Vital statistics of India. Vol. IV, Annual returns from 1871 to 1876. British Army of India, Native Army and jails of Bengal
Year: 1871
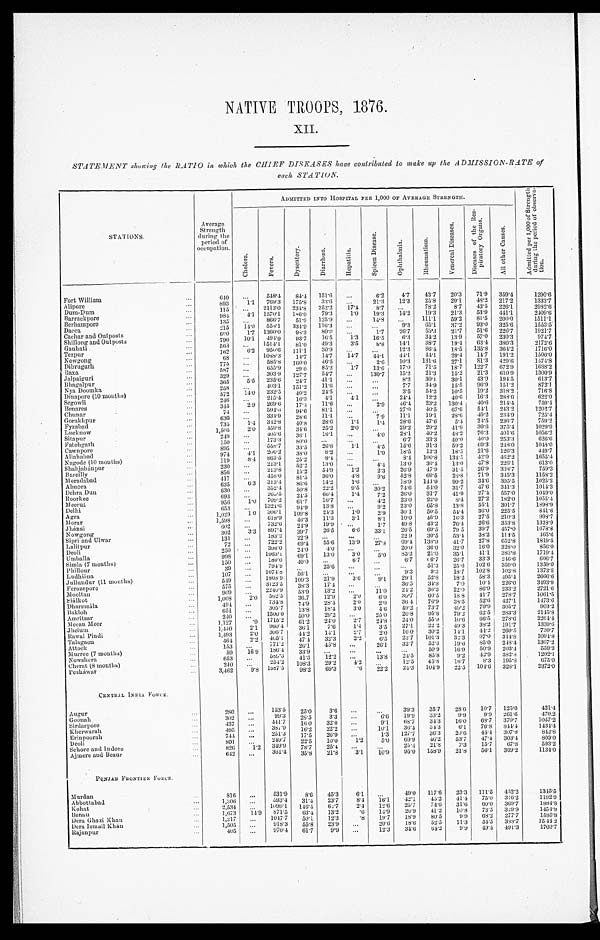
NATIVE TROOPS, 1876.
XII.
STATEMENT showing the RATIO in which the CHIEF DISEASES have contributed to make up the ADMISSION-RATE of
each STATION.
STATIONS.
Average
Strength
during the
period of
occupation.
ADMITTED INTO HOSPITAL PER 1,000 OF AVERAGE STRENGTH.
A d m i t t e d p e r 1 , 0 0 0 o f S t r e n g t h
d u r i n g t h e p e r i o d o f o b s e r v a -t
i o n .
C h o l e r a .
F e v e r s .
D y s e n t e r y .
D i a r r h œ a .
H e p a t i t i s .
S p l e e n D i s e a s e s .
O p h t h a l i m .
R h e u m a t i s m .
V e n e r e a l D i s e a s e s .
D i s e a s e s o f t h e R e s -
p i r a t o r y O r g a n s .
A l l o t h e r C a u s e s .
Fort William
640
548.4 84.4 151.6
6.2
4.7 43.7 20.3 71.9 359.4
1290.6
Alipore
893
1.1 769.3 175.8
3 3 . 6
21.3
1 2 . 3
2 5 . 8
2 9 . 1 48.2 217.2
1333.7
Dum-Dum
115
2113.0 234.8 252.2 17.4
8.7
7 8 . 2 8.7
4 3 . 5 226.1
2982.6
Barrackpore
984
4.1 1570.1 186.0 79.3
1.0 19.3 14.2 19.3 21.3 53.9 441.1
2409.6
Berhampore
135
866.7 51.9 125.9
14.8
111.1 59.3 81.5 200.0
1511.1
Dacca
215 14.0 558.1 334.9 116.3
9.3 65.1 37.2 93.0 325.6
1553.5
Cachar and Outposts
6 0 0 1.7 1360.0 98.3
8 0 . 0
1.7 26.7
5 3 . 3 21.7
5 1 . 6 226.7
1921.7
Shillong and Outposts
790 10.1
494. 9 93.7 16.5
1.3 16.5
6.3 34.2 13.9 57.0 230.3
974.7
Gauhati
563
1514. 1
8 1 . 0
4 9 . 3
3 . 5
8 . 8
1 4 . 1
3 8 . 7
1 9 . 4
6 3 . 4
3 8 0 . 3
2172.6
Tezpur
162
6.2 950.6 111.1
3 0 . 9
12.3
8 6 . 4 18.5
1 3 5 . 8 364.2
1716.0
Nowgong
6 8
1088. 3 14.7
1 4 . 7
1 4 . 7 44.1
4 4 . 1
4 4 . 1
2 9 . 4
1 4 . 7
1 9 1 . 2
1500.0
Dibrugarh
775
585. 8 160.0
4 6 . 5
2.6 10.3
1 3 1 . 6
2 7 . 1
8 1 . 3
4 2 9 . 6
1 4 7 4 . 8
B a x a
587
655. 9 29.0
8 5 . 2
1 . 7 13.6 17.0 71.5
1 8 . 7
1 2 2 . 7
6 7 2 . 9
1688.2
Jalpaiguri
329
303.9 127.7
5 4 . 7
130.7
1 5 . 2
2 1 . 3 15.2
2 1 . 3 610.9
1300.9
Bhagalpur
365
5.5 235.6 24.7 41.1
8.2 30.1 30.1 43.9 194.5
613.7
Nya Doomka
258
403.1 151.2
1 1 . 6
7 . 7
3 4 . 9
1 5 . 5
9 6 . 9
1 5 1 . 2
872.1
Dinapore (10 months)
572 14.0 232.5 40.2 24.5
3.5 54.2 10.5 19.2 318.2
716.8
Segowli
246
215.4 16.3
4 . 1
4.1
24.4 12.2 40.6
1 6 . 3 288.6
6 2 2 . 0
Benares
345
29 269.6 17.4
1 1 . 6
2.9
4 6 . 4
2 3 . 2 130.4
4 0 . 6
2 1 4 . 4
759.4
Chunar
74
594. 6 94.6 81.1
27.0 40.5 67.6
5 4 . 1 243.2
1202.7
Gorakhpur
630
334. 9
2 8 . 6
1 1 . 1
7 . 9
1 1 . 1
1 9 . 1
2 8 . 6
4 9 . 2
2 3 4 . 9
7 2 5 . 4
F y z a b a d
735
1.4 342.8 40.8
2 8 . 6
1 . 4 1.4
2 8 . 6
4 7 . 6 5.4
2 4 . 5 236.7
759.2
Lucknow
1,505
2.0 459.8 34.6 25.2
2.0
29.9 29.9 41.9 30.6 375.4
1 0 2 9 . 9
Sitapur
249
405. 6
3 6 . 1
1 6 . 1
4.0 28.1 40.2 48.2
7 6 . 3 401.6
1056.2
Fatehgarh
150
173.3 80.0
6.7 33.3 40.0
4 0 . 0
253.3
626.6
Cawnpore
895
558.7 33.5 26.8
1.1
4.5 15.6 31.3 59.2
6 9 . 3 248.0
1048.0
A l l a h a b a d
974
4.1
200. 2 38.0
8.2
1.0 18.5 13.3 18.5
2 1 . 6
1 2 6 . 3
449.7
Nagode (10 months)
119
8.4 865.5 25.2
8.4
8.4 100.8 134.5
4 2 . 0 462.2
1655.4
Shahjahánpur
230
213.1 52.2 13.0
4.4 13.0 30.4 13.0 47.8 226.1
613.0
Bareilly
856
213.8 15.2 54.9
1.2 2.3 26.9 47.9 31.5 26.9 338.7
759.3
M o r a d a b a d
417
458. 0 81.5 36.0 4.8
9.6 52.8 69.5 28.8 71.9 345.3
1158.2
Almera
635
6.3
313. 4
8 6 . 6
1 4 . 2 1.6
18.9 144.9 99.2 34.6 305.5
1025.2
Dehra Dun
Roorkee
630
693
352. 4
265. 5
5 0 . 8
2 4 . 5
2 2 . 2
6 6 . 4
9 . 5
1 . 4
3 0 . 2
7 . 2
7 4 . 6
2 6 . 0
5 4 . 0
3 1 . 7
3 1 . 7
4 1 . 9
4 7 . 6
2 7 . 4
3 4 1 . 3
5 5 7 . 0
1 0 1 4 . 3
1 0 4 9 . 0
Meerut
956
1.0
709. 2 61.7
1 6 . 7
4.2 23.0
2 2 . 0 8.4
2 7 . 2
1 8 2 . 0
1055.4
Delhi
6 5 3
1321. 6
94.9 13.8
9.2 23.0 65.8 13.8
5 5 . 1
3 0 1 . 7
1898.9
Agra
1,029
1 0 306. 1 109.8 24.3
1 . 0 2.9 30.1
5 0 . 5
5 4 . 4
3 6 . 0
2 2 5 . 5
8 4 1 . 6
Morar
1,598
618. 9
4 6 . 3
1 1 . 3
3 . 1
8 . 1
1 0 . 0 46.9 16.3 27.5 210.3
9 9 8 . 7
Jhánsi
6 0 2
732. 6
2 4 . 9
1 9 . 9
1 . 7
4 9 . 8
4 3 . 2
7 6 . 4
2 6 . 6
3 5 3 . 8
1 3 2 8 . 9
Nowgong
302
3.3
897. 4 39.7 26.5
6 . 6 33.1
2 6 . 5
6 9 . 5 79.5 39.7
4 5 7 . 0
1678.8
Sipri and Ulwar
131
183. 2 29.9
22.9 30.5 53.4
3 8 . 2 114.5
4 6 5 . 6
Lalitpur
72
722.2 69.4 55.6 13.9 27.8 69.4 138.9 41.7 27.8 652.8
1819.5
Deoli
250
396. 0
2 4 . 0
4 . 0
2 0 . 0
3 6 . 0
3 2 . 0
1 6 . 0
3 2 8 . 0
8 5 6 . 0
Umballa
998
1063.1 69.1 13.0
3.0 5.0 85.2 21.0 35.1
4 1 . 1 383.8
1719.4
Simla (7 months)
150
180.0
4 0 . 0
6.7
6.7 66.7 26.7 33.3 246.6
6 0 6 . 7
P h i l l o u r
39
794.9
25.6
51.3 25.6 102.6 359.0
1359.0
Ludhiána
107
1074.8 56.1
9.3
9.3 18.7
1 0 2 . 8 102.8
1373.8
Jullundur (11 months)
549
1868.9 109.3 21.9
3.6
9.1 29.1 52.8 18.2 58.3 495.4
2666.6
Ferozepore
575
3123.5 38.3 17.4
36.5 34.8
7.0 10.4 296.0
3493.9
Mooltan
909
2240.9 53.9 13.2
11.0 24.2 36.3 22.0 86.9 233.2
2791.6
S i á l k o t
1,008
2 . 0
562.5 36.7 12.9
2.0
6.0 39.7 60.5 18.8 41.7 278.7
1061.5
Dharmsála
494
734.8 74.9 28.4
2.0 2.0 36.4• 76.9 38.5 52.6 427.1
1473.6
Bakloh
651
305. 7 13.8 18.4
3.0
4 6 49.2 73.7 49.2 79.9 305.7
903.2
Amritsar
240
1500.0
50.0 29.9
25.0 20.8
9 5 . 8 79.2 62.5
2 8 3 . 3
2 1 4 5 . 8
Meean Meer
1,127
. 9
1715.2 61.2 24.0
2.7 24.8 24.0 55.9 10.6
6 6 . 5 278.6
2264.4
Jhelum
1,440
2.1 960.4 36.1
7.6 1.4 3.5 27.1 22.2 49.3 38.2
1 9 1 . 7
1339.6
R a w a l P i n d i
1,493
2.0
3 0 6 . 7 44.2 14.1
2 . 7 2.0 10.0 30.2 14.1 44.2 260.5
730.7
Talagaon
464
2.2
4 0 5 . 1 47.4 32.3
2.2
6.5 23.7 101.3 32.3 97.0
3 4 4 . 8
1094.8
Attock
153
771.2 26.1 45.8
26.1 32.7 52.3 19.6 85.0 248.4
1307.2
Murree (7 months)
59 16.9 186.4 33.9
50.9 16.9 50.9 203.4
559.3
Nowshera
653
589. 6 41.3 12.2
13.8
2 4 . 5 85.8
9.2
4 2 . 9
3 8 2 . 8
1 2 0 2 . 1
Cherat (8 months)
240
254.2 108.3 29.2 4.2
1 2 . 5
4 5 . 8 16.7
8 . 3
1 9 5 . 8
6 7 5 . 0
Pesháwar
3,462
9.8 1587.5 98.2 69.3
.6 22.2 243 104.9 22.5
1 0 4 . 6
3 2 8 . 1
2372.0
CENTRAL INDIA FORCE
Augur
280
153.5 25.0
3.6
39.3 35.7 28.6 10.7 125.0
421.4
70.2
Goonah
302
9 9 . 3 25.5
3.3
6 6 19.9 33.2 9.9
9 . 9
2 6 1 . 6
4 7 0 . 2
Sirdarpore
437
4 4 1 . 7 16.0 32.0
9.1 68.7 34.3 16.0
68.7
3 7 0 . 7
1 0 5 7 . 2
K h e r w a r a h
495
387.9
1 6 . 2
2 2 . 2
10.1 36.4
3 4 . 3
6 . 1
7 6 . 8
8 4 4 . 4
1434.4
Erinpoorah
744
251.3 17.5 26.9
1.3 127.7 36.3
2 9 . 6 44.4 307.8
842.8
Deoli
801
249.7 22.5 10.0
1.2
5.0 69.9 46.2 53.7
4 7 . 4 303.4
809.0
Sehore and Indore
826
1.2
3 4 9 . 9 78.7 25.4
25.4 21.8
7.3
1 5 . 7
6 7 . 8
5 9 3 . 2
Ajmere and Beaur
6 4 2
361.4
3 5 . 8
2 1 . 8
3 . 1
1 0 . 9
9 5 . 0
1 5 8 . 9
2 1 . 8
5 6 . 1
3 6 9 . 2
1134.0
PUNJAB FRONTIER FORCE.
Murdan
816
531.9
8.6 45.3
6.1
49.0 117.6 23.3 111.5 452.2
1345.5
Abbottabad
1,306
5 9 3 . 4 31.4 23.7
8.4 16.1 42.1 45.2 41.4 75.0 316.2
1192.9
K o h a t
2,534
1099.1 146.4 63.7
2.4 12.6 25.7 74.6 31.6 60.0 369.7
1884.8
Bannu.
1,673 14.9
8 7 1 . 5 63.4 13.2
.6 14.9 20.9 41.2 10.8 73.5 329.9
1454.8
Dera Ghazi Khan
1,217
1047.7 50.1 12.3
.8 19.7 18.9 80.5
9.9 68.2 277.7
1585.8
Dera Ismail Khán
1,505
918.3 55.8 23.9
20.6 18.6 52.5 11.3 54.5 388.7
1 5 4 4 . 2
Rajanpur
405
9 7 0 . 4 61.7
9.9
12.3 34.6
6 4 . 2 9.9 49.4 491.3
1703.7